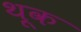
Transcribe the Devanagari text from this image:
थ़ूक